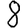
Digit: 8